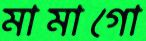
মামাগো